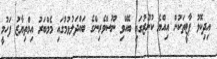
އިދިކޮޅު ޕާޓީތަކުން އިއްޔެ ކުނޫޒުގައި ބޭއްވި ނޫސްވެރިންގެ ބައްދަލުވުމުގައި މެމްބަރު އިމްތިޔާޒު ފަހުމީ